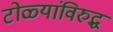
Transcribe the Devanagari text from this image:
टोळ्यांविरुद्ध